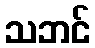
သဘင်